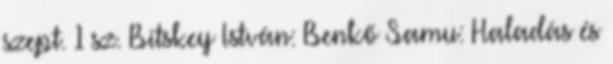
szept. 1 sz. Bitskey István: Benkő Samu: Haladás és